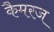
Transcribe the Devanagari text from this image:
कैमरज